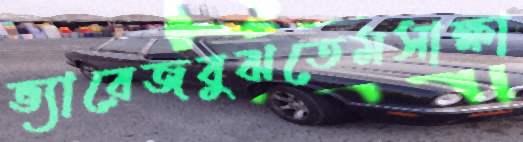
ভ্যারেজবুঝতেমসাক্ষা